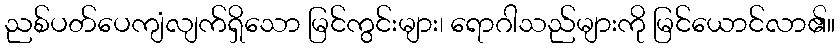
ညစ်ပတ်ပေကျံလျက်ရှိသော မြင်ကွင်းများ၊ ရောဂါသည်များကို မြင်ယောင်လာ၏။